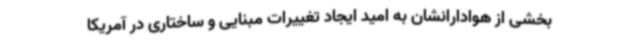
بخشی از هوادارانشان به امید ایجاد تغییرات مبنایی و ساختاری در آمریکا